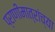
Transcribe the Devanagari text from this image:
प्राणीमात्रांच्या